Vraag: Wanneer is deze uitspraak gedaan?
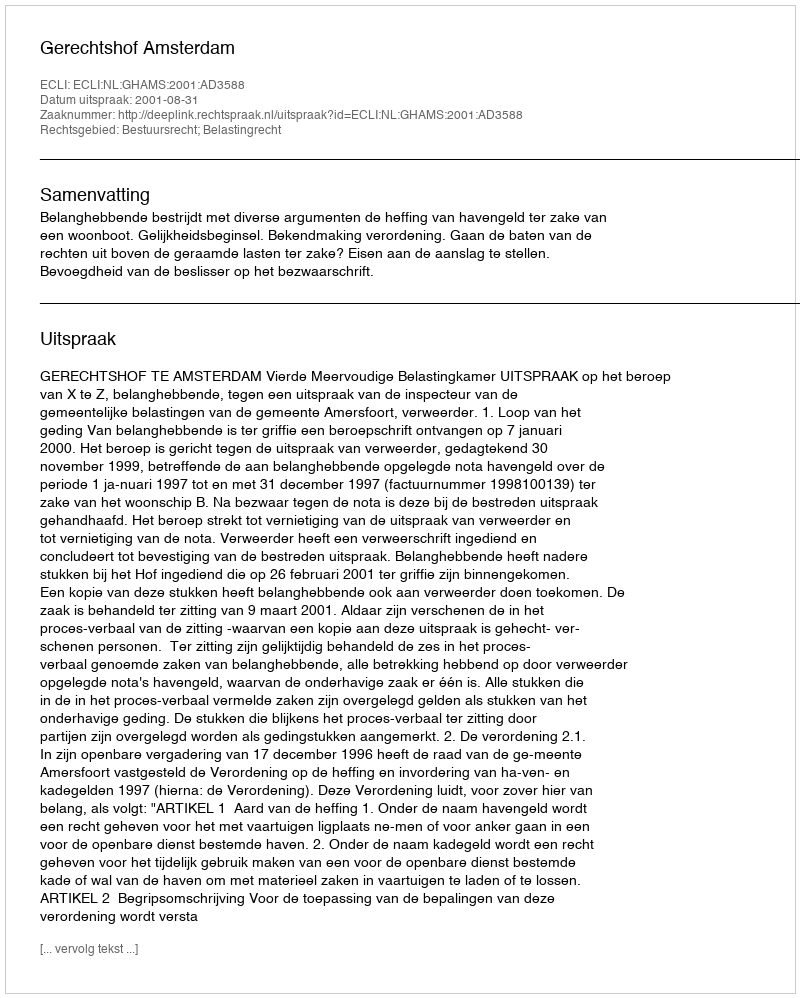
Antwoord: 2001-08-31